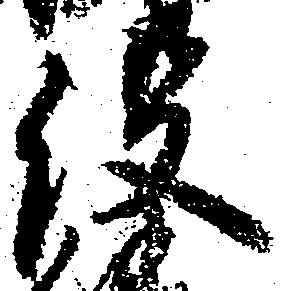
俣